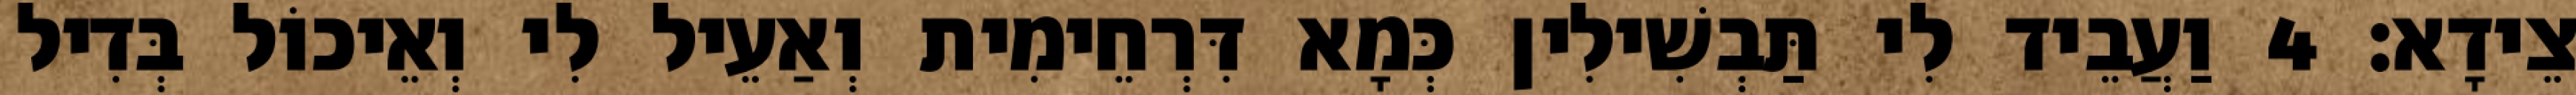
צֵידָא׃ 4 וַעֲבֵיד לִי תַּבְשִׁילִין כְּמָא דִּרְחֵימִית וְאַעֵיל לִי וְאֵיכוֹל בְּדִיל